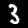
Digit: 3